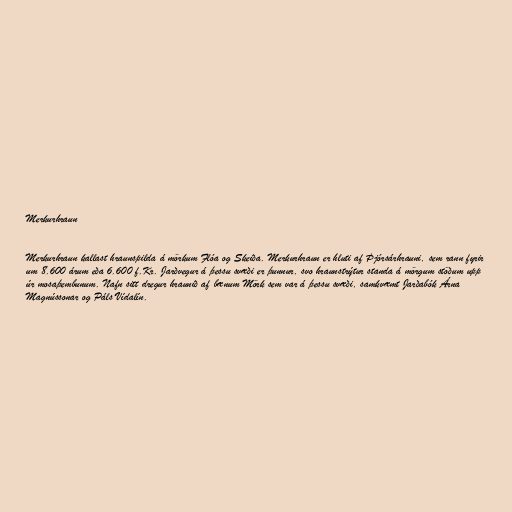
Merkurhraun

Merkurhraun kallast hraunspilda á mörkum Flóa og Skeiða. Merkurhraun er hluti af Þjórsárhrauni, sem rann fyrir
um 8.600 árum eða 6.600 f.Kr. Jarðvegur á þessu svæði er þunnur, svo hraunstrýtur standa á mörgum stöðum upp
úr mosaþembunum. Nafn sitt dregur hraunið af bænum Mörk sem var á þessu svæði, samkvæmt Jarðabók Árna
Magnússonar og Páls Vídalín.